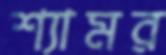
শ্যামর